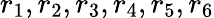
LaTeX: r_{1},r_{2},r_{3},r_{4},r_{5},r_{6}